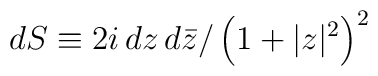
dS \equiv 2i \, dz \, d\bar{z}/\left( 1 + |z|^2 \right)^2